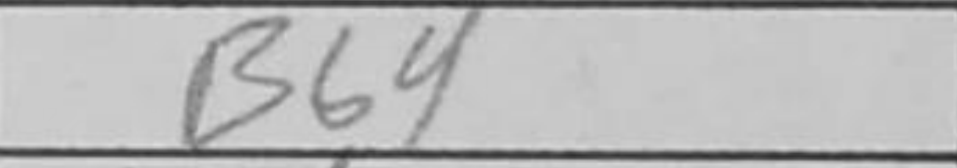
Transcription: Bb4